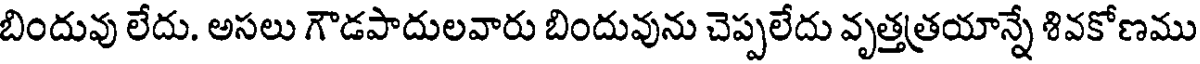
బిందువు లేదు. అసలు గౌడపాదులవారు బిందువును చెప్పలేదు వృత్తత్రయాన్నే శివకోణము